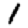
Digit: 1